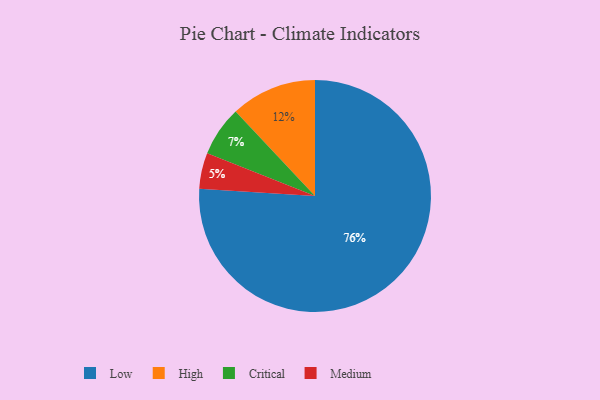
{"axis": {"x": "Category", "y": "Percentage"}, "legend": ["Critical", "High", "Low", "Medium"], "data": [{"x": "Low", "y": 76, "type": "Low"}, {"x": "Medium", "y": 5, "type": "Medium"}, {"x": "High", "y": 12, "type": "High"}, {"x": "Critical", "y": 7, "type": "Critical"}]}